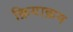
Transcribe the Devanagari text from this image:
क्रियाक्रम